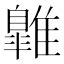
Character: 𩀹